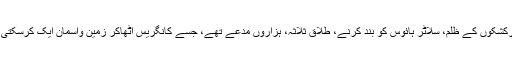
گئو رکشکوں کے ظلم، سلاٹر ہائوس کو بند کرنے، طلاق ثلاثہ، ہزاروں مدعے تھے، جسے کانگریس اٹھاکر زمین وآسمان ایک کرسکتی تھی۔